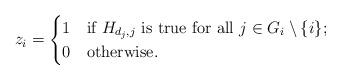
LaTeX: \begin{align*}z_i=\begin{cases}1&\mbox{if $H_{d_j,j}$ is true for all $j\in G_i\setminus\{i\}$;}\\0&\mbox{otherwise.}\end{cases}\end{align*}